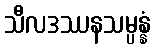
သီလဒဿနသမ္ပန္နံ